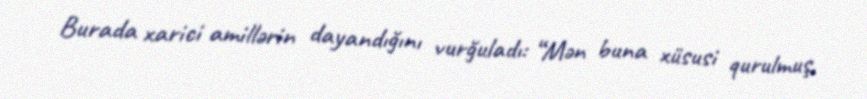
Burada xarici amillərin dayandığını vurğuladı: “Mən buna xüsusi qurulmuş,